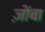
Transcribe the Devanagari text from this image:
ज़ोंबा